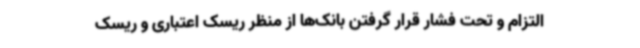
التزام و تحت فشار قرار گرفتن بانک‌ها از منظر ریسک اعتباری و ریسک